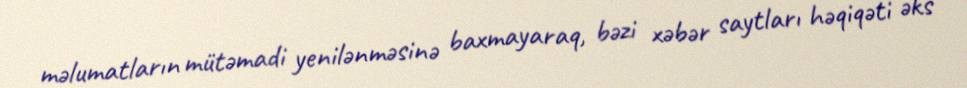
məlumatların mütəmadi yenilənməsinə baxmayaraq, bəzi xəbər saytları həqiqəti əks